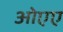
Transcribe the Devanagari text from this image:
ओएए